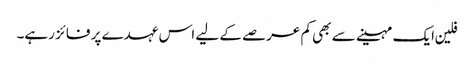
فلین ایک مہینے سے بھی کم عرصے کے لیے اس عہدے پر فائز رہے۔